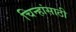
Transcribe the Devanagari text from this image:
चिन्हांसाठी